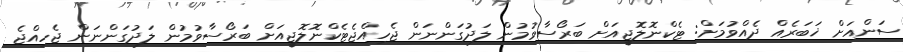
ސަންއަށް ޚަބަރެއް ދެއްވުމަށް: ޓެކްނޮލޮޖީއަށް ބަރޯސާވުމުން ލަދުގަންނަން ޖެހިއްޖެޓެކްނޮލޮޖީއަށް ބަރޯސާވުމުން ލަދުގަންނަން ޖެހިއްޖެ